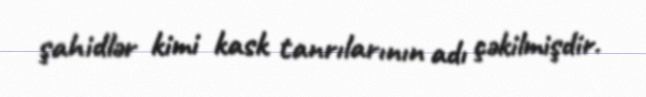
şahidlər kimi kask tanrılarının adı çəkilmişdir.